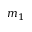
m _ { 1 }